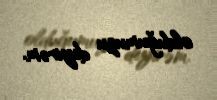
olduğumuzu deyirəm.